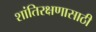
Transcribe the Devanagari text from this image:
शांतिरक्षणासाठी